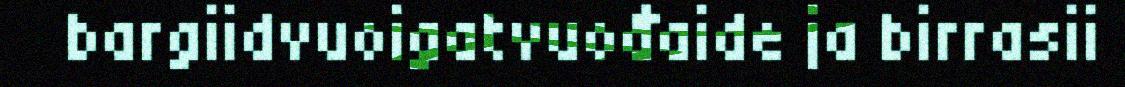
bargiidvuoigatvuođaide ja birrasii